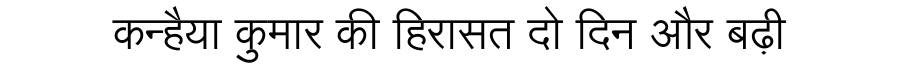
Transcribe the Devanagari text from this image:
कन्हैया कुमार की हिरासत दो दिन और बढ़ी